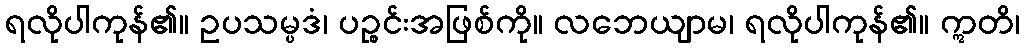
ရလိုပါကုန်၏။ ဥပသမ္ပဒံ၊ ပဉ္စင်းအဖြစ်ကို။ လဘေယျာမ၊ ရလိုပါကုန်၏။ ဣတိ၊